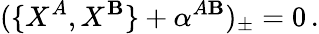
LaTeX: (\{ X^{A},X^{\mathbf{B}}\} +\alpha^{A\mathbf{B}})_{\pm}=0\, .